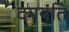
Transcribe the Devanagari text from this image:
दमयंति